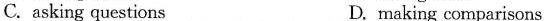
C. asking questions D. making comparisons